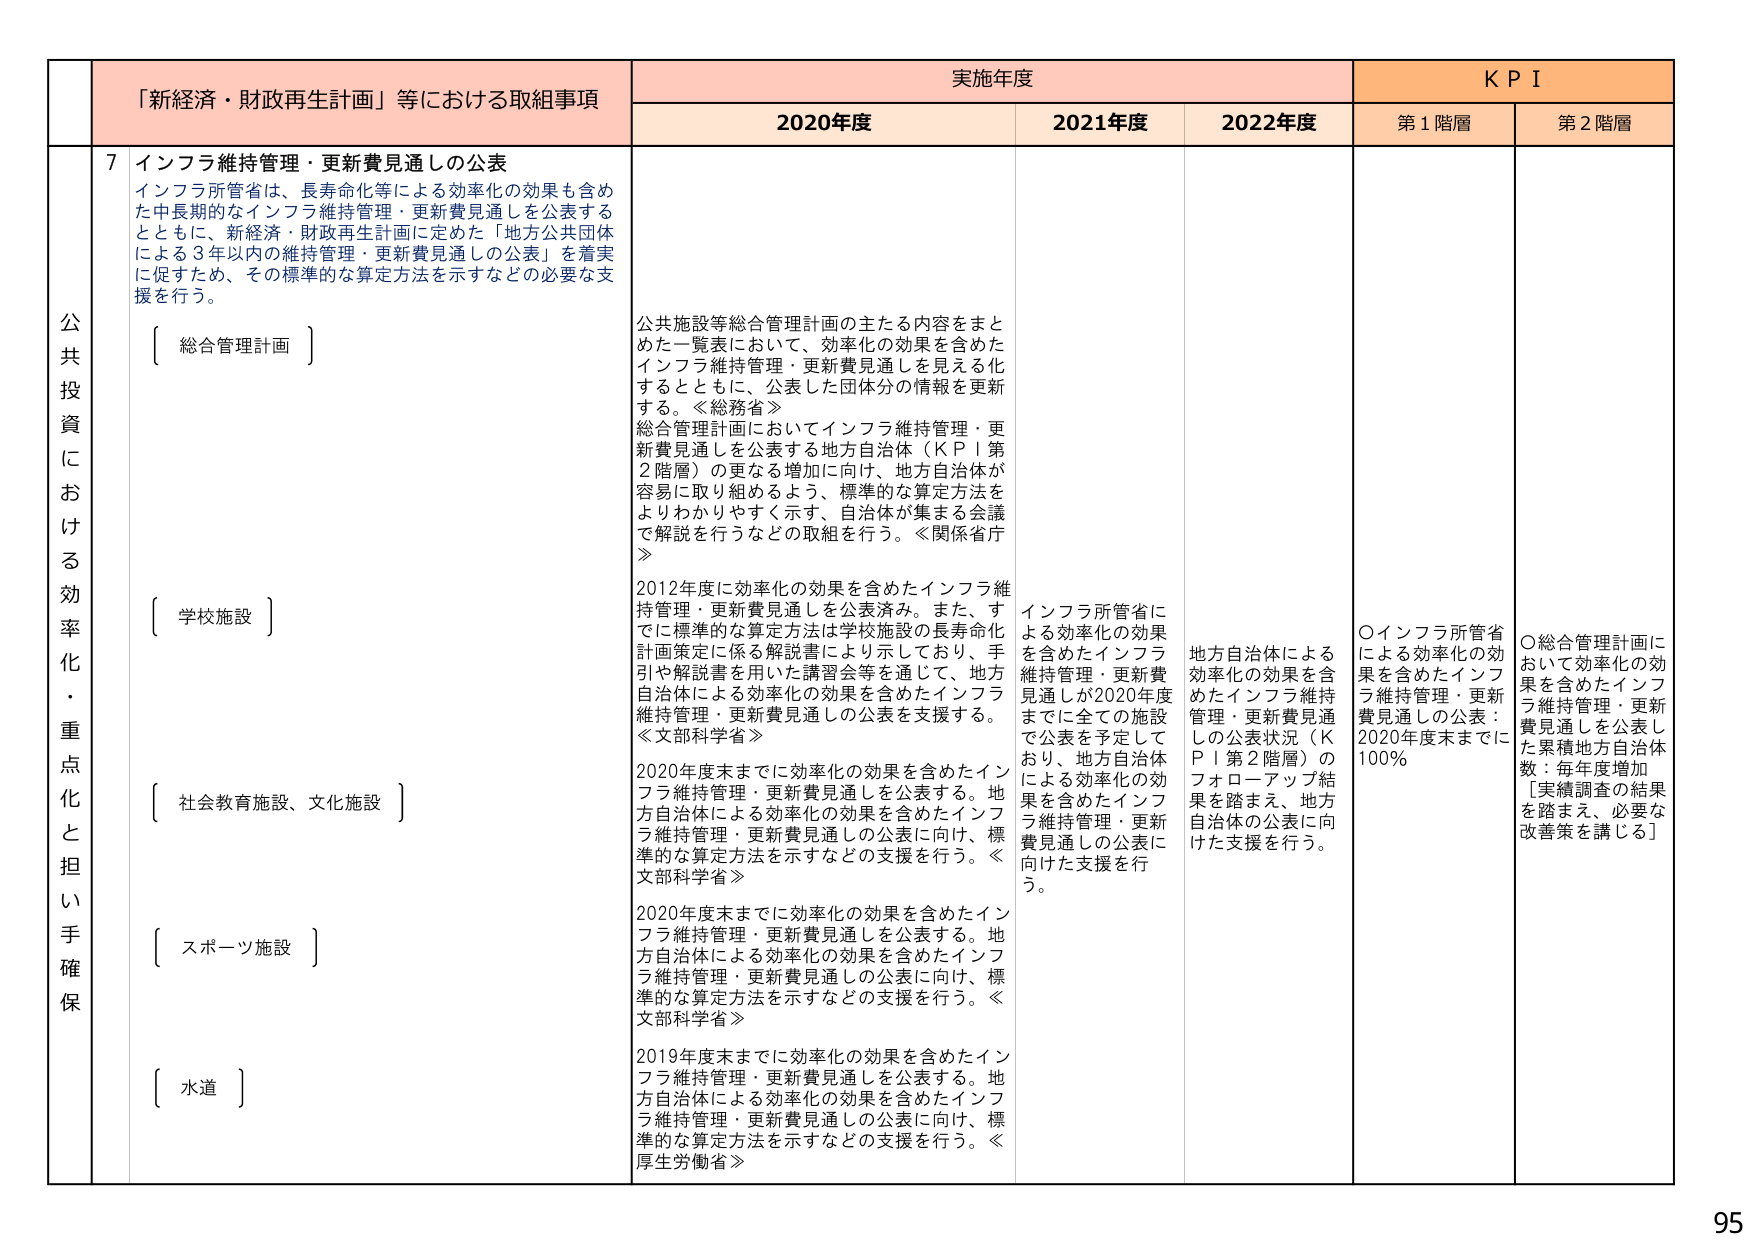
公共投資における効率化・重点化と担い手確保

「新経済・財政再生計画」等における取組事項

7 インフラ維持管理・更新費見通しの公表
インフラ所管省は、長寿命化等による効率化の効果も含めた中長期的なインフラ維持管理・更新費見通しを公表するとともに、新経済・財政再生計画に定めた「地方公共団体による3年以内の維持管理・更新費見通しの公表」を着実に促すため、その標準的な算定方法を示すなどの必要な支援を行う。

〔 総合管理計画 〕
公共施設等総合管理計画の主たる内容をまとめた一覧表において、効率化の効果を含めたインフラ維持管理・更新費見通しを見える化するとともに、公表した団体分の情報を更新する。≪総務省≫
総合管理計画においてインフラ維持管理・更新費見通しを公表する地方自治体（KPI第2階層）の更なる増加に向け、地方自治体が容易に取り組めるよう、標準的な算定方法をよりわかりやすく示す、自治体が集まる会議で解説を行うなどの取組を行う。≪関係省庁≫

〔 学校施設 〕
2012年度に効率化の効果を含めたインフラ維持管理・更新費見通しを公表済み。また、すでに標準的な算定方法は学校施設の長寿命化計画策定に係る解説書により示しており、手引や解説書を用いた講習会等を通じて、地方自治体による効率化の効果を含めたインフラ維持管理・更新費見通しの公表を支援する。≪文部科学省≫

〔 社会教育施設、文化施設 〕
2020年度末までに効率化の効果を含めたインフラ維持管理・更新費見通しを公表する。地方自治体による効率化の効果を含めたインフラ維持管理・更新費見通しの公表に向け、標準的な算定方法を示すなどの支援を行う。≪文部科学省≫

〔 スポーツ施設 〕
2020年度末までに効率化の効果を含めたインフラ維持管理・更新費見通しを公表する。地方自治体による効率化の効果を含めたインフラ維持管理・更新費見通しの公表に向け、標準的な算定方法を示すなどの支援を行う。≪文部科学省≫

〔 水道 〕
2019年度末までに効率化の効果を含めたインフラ維持管理・更新費見通しを公表する。地方自治体による効率化の効果を含めたインフラ維持管理・更新費見通しの公表に向け、標準的な算定方法を示すなどの支援を行う。≪厚生労働省≫

実施年度
2020年度
2021年度
2022年度

KPI
第1階層
第2階層

インフラ所管省による効率化の効果を含めたインフラ維持管理・更新費見通しが2020年度までに全ての施設で公表を予定しており、地方自治体による効率化の効果を含めたインフラ維持管理・更新費見通しの公表に向けた支援を行う。

地方自治体による効率化の効果を含めたインフラ維持管理・更新費見通しの公表状況（KPI第2階層）のフォローアップ結果を踏まえ、地方自治体の公表に向けた支援を行う。

〇インフラ所管省による効率化の効果を含めたインフラ維持管理・更新費見通しの公表：2020年度末までに100％

〇総合管理計画において効率化の効果を含めたインフラ維持管理・更新費見通しを公表し、累積地方自治体数：毎年度増加
〔実績調査の結果を踏まえ、必要な改善策を講じる〕

95